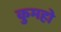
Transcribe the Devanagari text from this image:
कुमहो